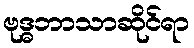
ဗုဒ္ဓဘာသာဆိုင်ရာ